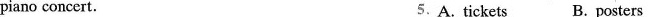
piano concert. 5.A.tickets B. posters